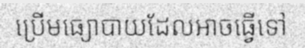
ប្រើមធ្យោបាយដែលអាចធ្វើទៅ